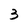
Character: 3